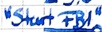
Text: "Start FB1"